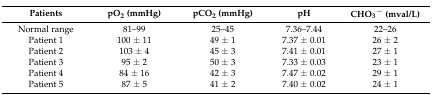
| Patients | pO2 (mmHg) | pCO2 (mmHg) | pH | CHO3− (mval/L) |
 | --- | --- | --- | --- | --- |
 | Normal range | 81–99 | 25–45 | 7.36–7.44 | 22–26 |
 | Patient 1 | 100 ± 11 | 49 ± 1 | 7.37 ± 0.01 | 26 ± 2 |
 | Patient 2 | 103 ± 4 | 45 ± 3 | 7.41 ± 0.01 | 27 ± 1 |
 | Patient 3 | 95 ± 2 | 50 ± 3 | 7.33 ± 0.03 | 23 ± 1 |
 | Patient 4 | 84 ± 16 | 42 ± 3 | 7.47 ± 0.02 | 29 ± 1 |
 | Patient 5 | 87 ± 5 | 41 ± 2 | 7.40 ± 0.02 | 24 ± 1 |